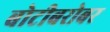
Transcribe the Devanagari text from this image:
बोटीबरोबर